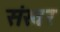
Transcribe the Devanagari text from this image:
संखर